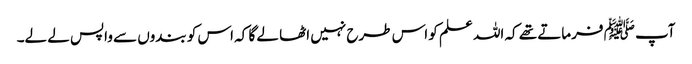
آپ ﷺ فرماتے تھے کہ اللہ علم کو اس طرح نہیں اٹھا لے گا کہ اس کو بندوں سے واپس لے لے۔